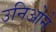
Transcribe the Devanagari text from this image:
उनिओने